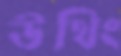
উথিং